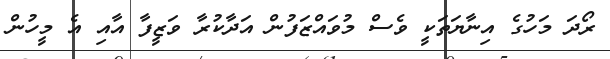
ރޯދަ މަހުގެ އިނާޔަތަކީ ވެސް މުވައްޒަފުން އަދާކުރާ ވަޒީފާ އާއި އެ މީހުން